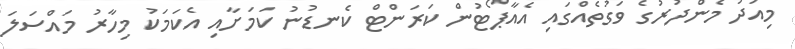
މިއަދު މެންދުރުގެ ވަގުތެއްގައި އެއާޕޯޓުން ކަރަންޓް ކެނޑުނު ކަމަށާއި އެކަމަކު މިހާރު މައްސަލަ